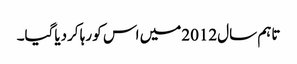
تاہم سال2012میں اس کو رہا کردیاگیا۔